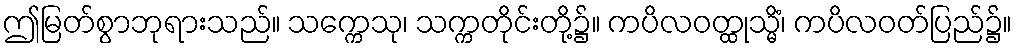
ဤမြတ်စွာဘုရားသည်။ သက္ကေသု၊ သက္ကတိုင်းတို့၌။ ကပိလဝတ္ထုသ္မိံ၊ ကပိလဝတ်ပြည်၌။